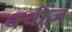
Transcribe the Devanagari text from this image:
क्वींज़